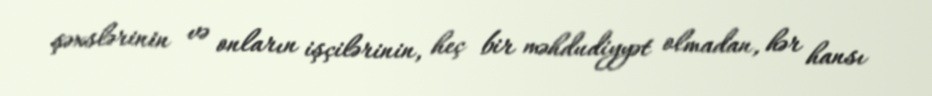
şəxslərinin və onların işçilərinin, heç bir məhdudiyyət olmadan, hər hansı